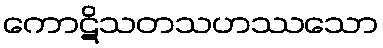
ကောဋိသတသဟဿသော